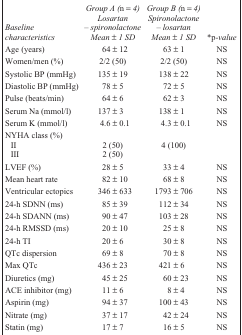
<table><thead><tr><td><b><i>Baseline characteristics</i></b></td><td><b><i>Group A (n = 4) Losartan – spironolactone Mean ± 1 SD</i></b></td><td><b><i>Group B (n = 4) Spironolactone – losartan Mean ± 1 SD</i></b></td><td><b><i>*p-value</i></b></td></tr></thead><tbody><tr><td>Age (years)</td><td>64 ± 12</td><td>63 ± 1</td><td>NS</td></tr><tr><td>Women/men (%)</td><td>2/2 (50)</td><td>2/2 (50)</td><td>NS</td></tr><tr><td>Systolic BP (mmHg)</td><td>135 ± 19</td><td>138 ± 22</td><td>NS</td></tr><tr><td>Diastolic BP (mmHg)</td><td>78 ± 5</td><td>72 ± 5</td><td>NS</td></tr><tr><td>Pulse (beats/min)</td><td>64 ± 6</td><td>62 ± 3</td><td>NS</td></tr><tr><td>Serum Na (mmol/l)</td><td>137 ± 3</td><td>138 ± 1</td><td>NS</td></tr><tr><td>Serum K (mmol/l)</td><td>4.6 ± 0.1</td><td>4.3 ± 0.1</td><td>NS</td></tr><tr><td colspan="4">NYHA class (%)</td></tr><tr><td>II</td><td>2 (50)</td><td>4 (100)</td><td></td></tr><tr><td>III</td><td>2 (50)</td><td></td><td></td></tr><tr><td>LVEF (%)</td><td>28 ± 5</td><td>33 ± 4</td><td>NS</td></tr><tr><td>Mean heart rate</td><td>82 ± 10</td><td>68 ± 8</td><td>NS</td></tr><tr><td>Ventricular ectopics</td><td>346 ± 633</td><td>1793 ± 706</td><td>NS</td></tr><tr><td>24-h SDNN (ms)</td><td>85 ± 39</td><td>112 ± 34</td><td>NS</td></tr><tr><td>24-h SDANN (ms)</td><td>90 ± 47</td><td>103 ± 28</td><td>NS</td></tr><tr><td>24-h RMSSD (ms)</td><td>20 ± 10</td><td>25 ± 8</td><td>NS</td></tr><tr><td>24-h TI</td><td>20 ± 6</td><td>30 ± 8</td><td>NS</td></tr><tr><td>QTc dispersion</td><td>69 ± 8</td><td>70 ± 8</td><td>NS</td></tr><tr><td>Max QTc</td><td>436 ± 23</td><td>421 ± 6</td><td>NS</td></tr><tr><td>Diuretics (mg)</td><td>45 ± 25</td><td>60 ± 23</td><td>NS</td></tr><tr><td>ACE inhibitor (mg)</td><td>11 ± 6</td><td>8 ± 4</td><td>NS</td></tr><tr><td>Aspirin (mg)</td><td>94 ± 37</td><td>100 ± 43</td><td>NS</td></tr><tr><td>Nitrate (mg)</td><td>37 ± 17</td><td>42 ± 24</td><td>NS</td></tr><tr><td>Statin (mg)</td><td>17 ± 7</td><td>16 ± 5</td><td>NS</td></tr></tbody></table>